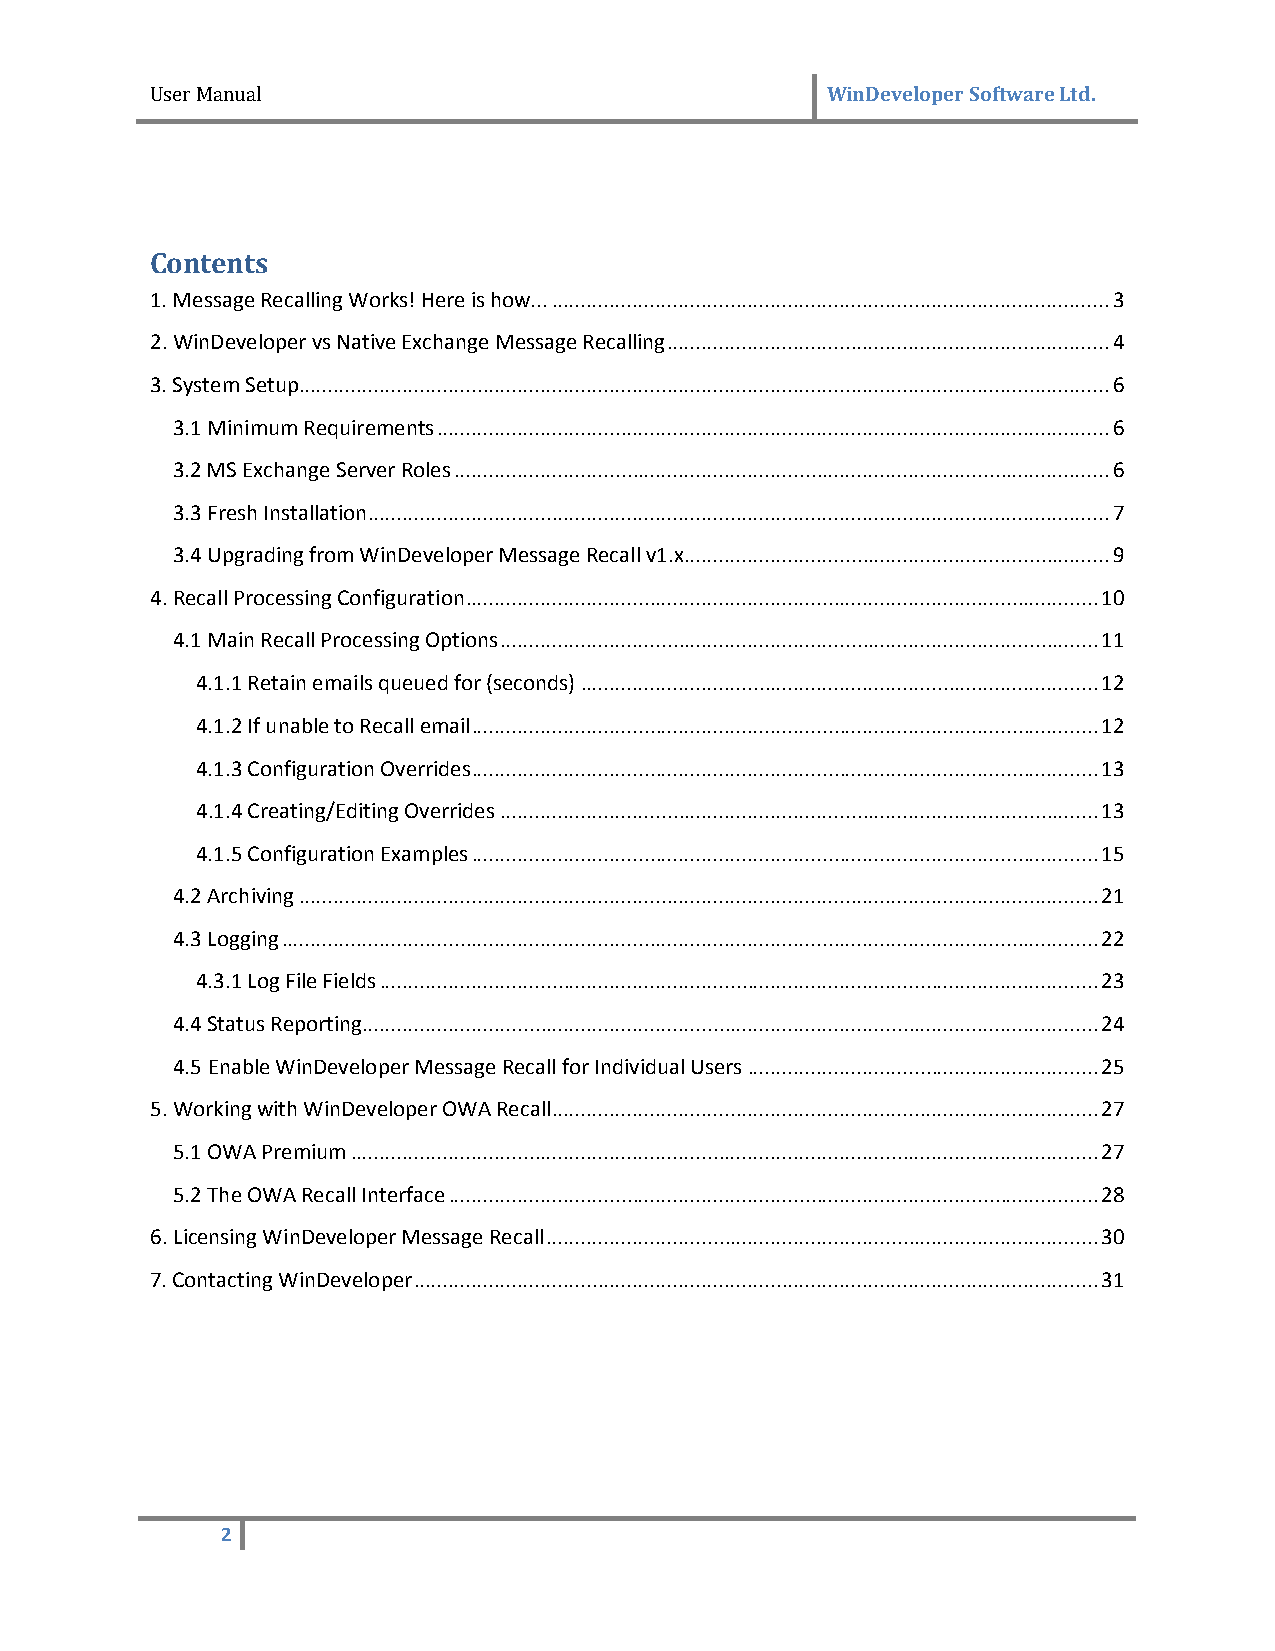
User Manual                                  WinDeveloper Software Ltd.
 Contents
 1. Message Recalling Works! Here is how... ................................................................................................. 3
 2. WinDeveloper vs Native Exchange Message Recalling ............................................................................. 4
 3. System Setup ............................................................................................................................................. 6
 3.1 Minimum Requirements ..................................................................................................................... 6
 3.2 MS Exchange Server Roles .................................................................................................................. 6
 3.3 Fresh Installation ................................................................................................................................. 7
 3.4 Upgrading from WinDeveloper Message Recall v1.x .......................................................................... 9
 4. Recall Processing Configuration .............................................................................................................. 10
 4.1 Main Recall Processing Options ........................................................................................................ 11
 4.1.1 Retain emails queued for (seconds) .......................................................................................... 12
 4.1.2 If unable to Recall email ............................................................................................................. 12
 4.1.3 Configuration Overrides ............................................................................................................. 13
 4.1.4 Creating/Editing Overrides ........................................................................................................ 13
 4.1.5 Configuration Examples ............................................................................................................. 15
 4.2 Archiving ........................................................................................................................................... 21
 4.3 Logging .............................................................................................................................................. 22
 4.3.1 Log File Fields ............................................................................................................................. 23
 4.4 Status Reporting ................................................................................................................................ 24
 4.5 Enable WinDeveloper Message Recall for Individual Users ............................................................. 25
 5. Working with WinDeveloper OWA Recall ............................................................................................... 27
 5.1 OWA Premium .................................................................................................................................. 27
 5.2 The OWA Recall Interface ................................................................................................................. 28
 6. Licensing WinDeveloper Message Recall ................................................................................................ 30
 7. Contacting WinDeveloper ....................................................................................................................... 31
 2